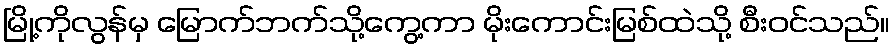
မြို့ကိုလွန်မှ မြောက်ဘက်သို့ကွေ့ကာ မိုးကောင်းမြစ်ထဲသို့ စီးဝင်သည်။